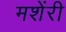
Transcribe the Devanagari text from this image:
मशेंरी